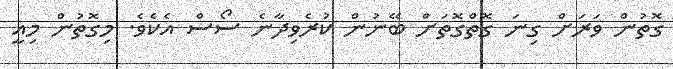
ގޮތުން ވަރަށް ގިނަ ގޮތްގޮތަށް ބޭނުން ކުރެވިދާނެ ސޯސް އެކެވެ. މިގޮތުން މިއީ